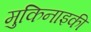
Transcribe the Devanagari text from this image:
मुकिनाइकी